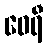
ဝေရီ